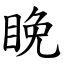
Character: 睌